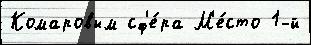
Комаровым сф'е́ра М'е́сто 1-й